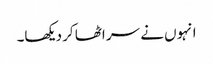
انہوں نے سر اٹھا کر دیکھا۔